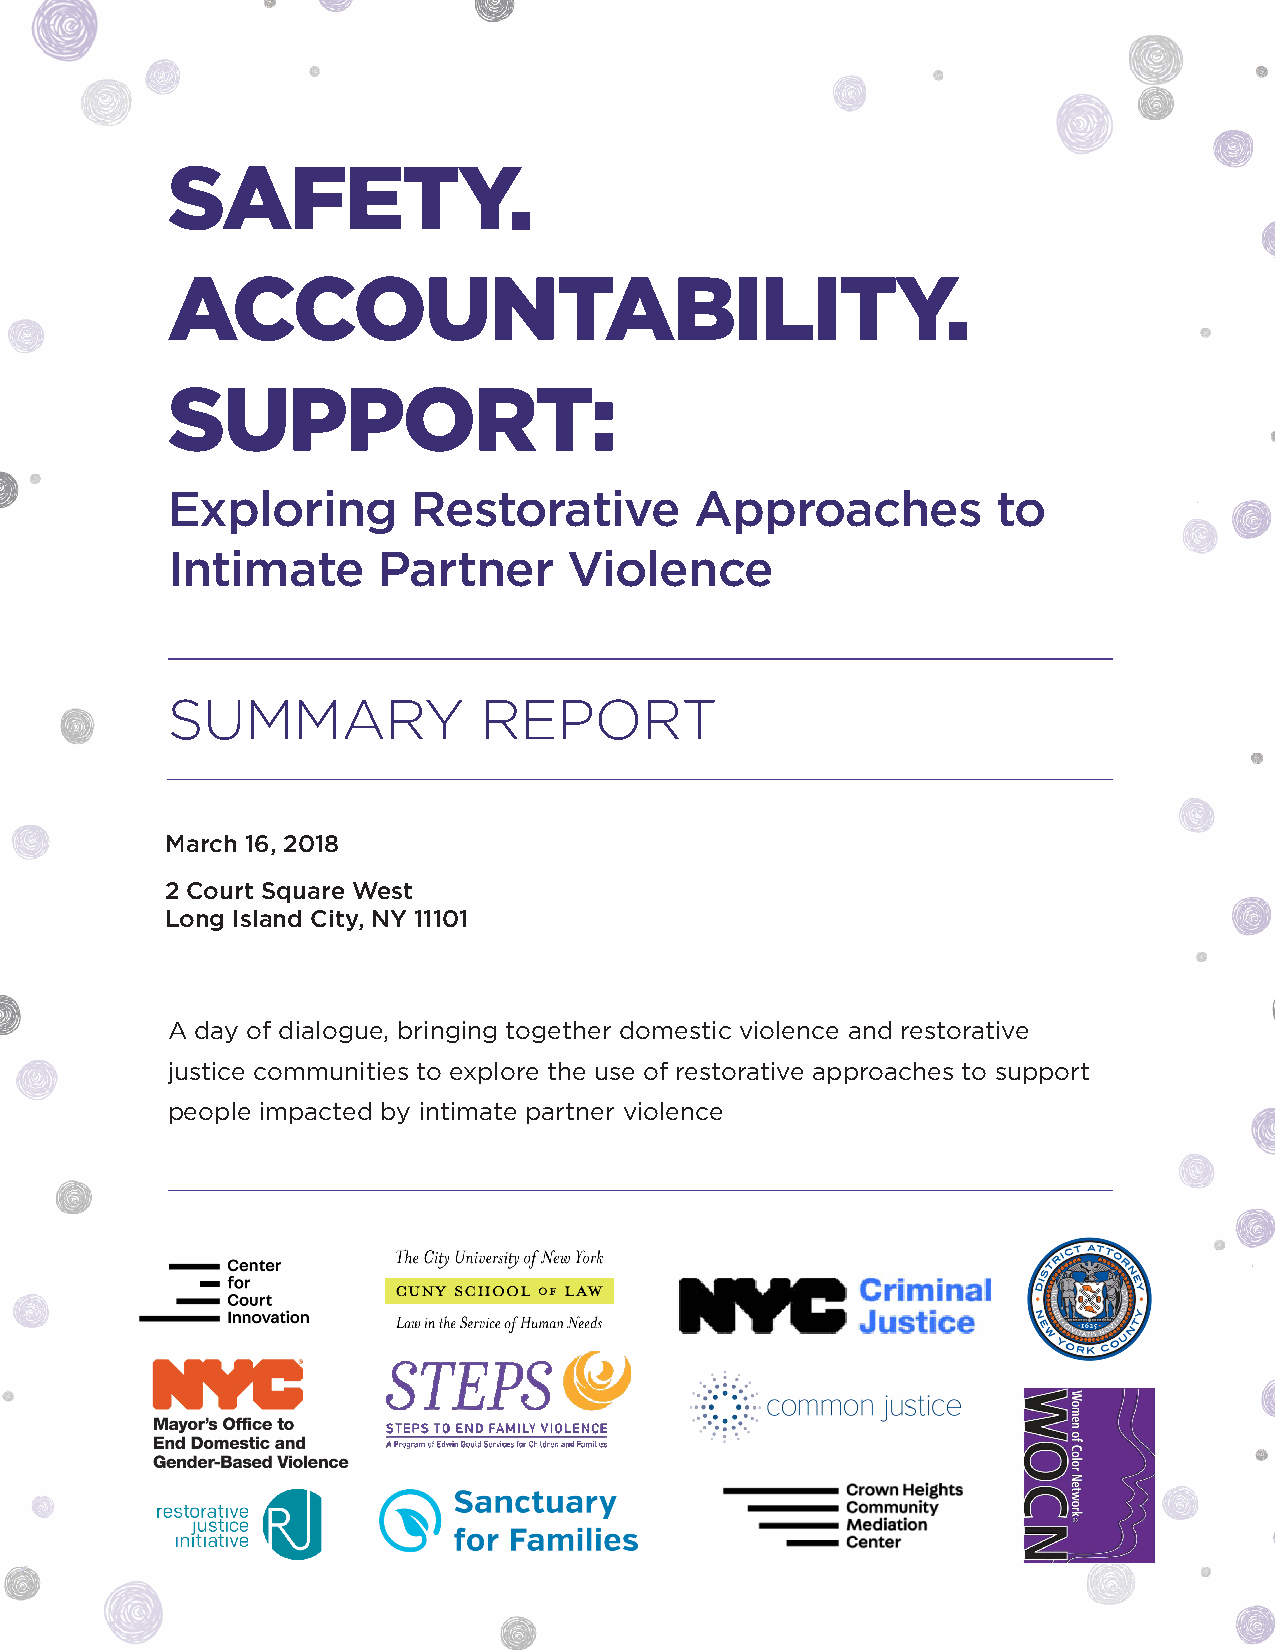
SAFETY.
 ACCOUNTABILITY.
 SUPPORT:
 Exploring       Restorative        Approaches          to
 Intimate      Partner      Violence
 SUMMARY              REPORT
 March 16, 2018
 2 Court Square West
 Long Island City, NY 11101
 A day of dialogue, bringing together domestic violence and restorative
 justice communities to explore the use of restorative approaches to support
 people impacted by intimate partner violence